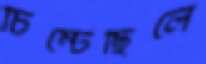
চিম্‌টেছিলে